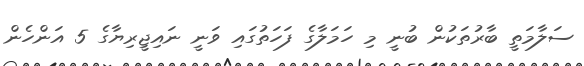
ސަލާމަތީ ބާރުތަކުން ބުނީ މި ހަމަލާގެ ފަހަތުގައި ވަނީ ނައިޖީރިޔާގެ 5 އަންހެން